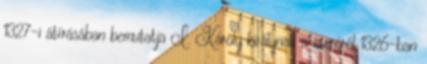
1327-i átírásában bemutatja I. Károly királynak a cseréről 1326-ban